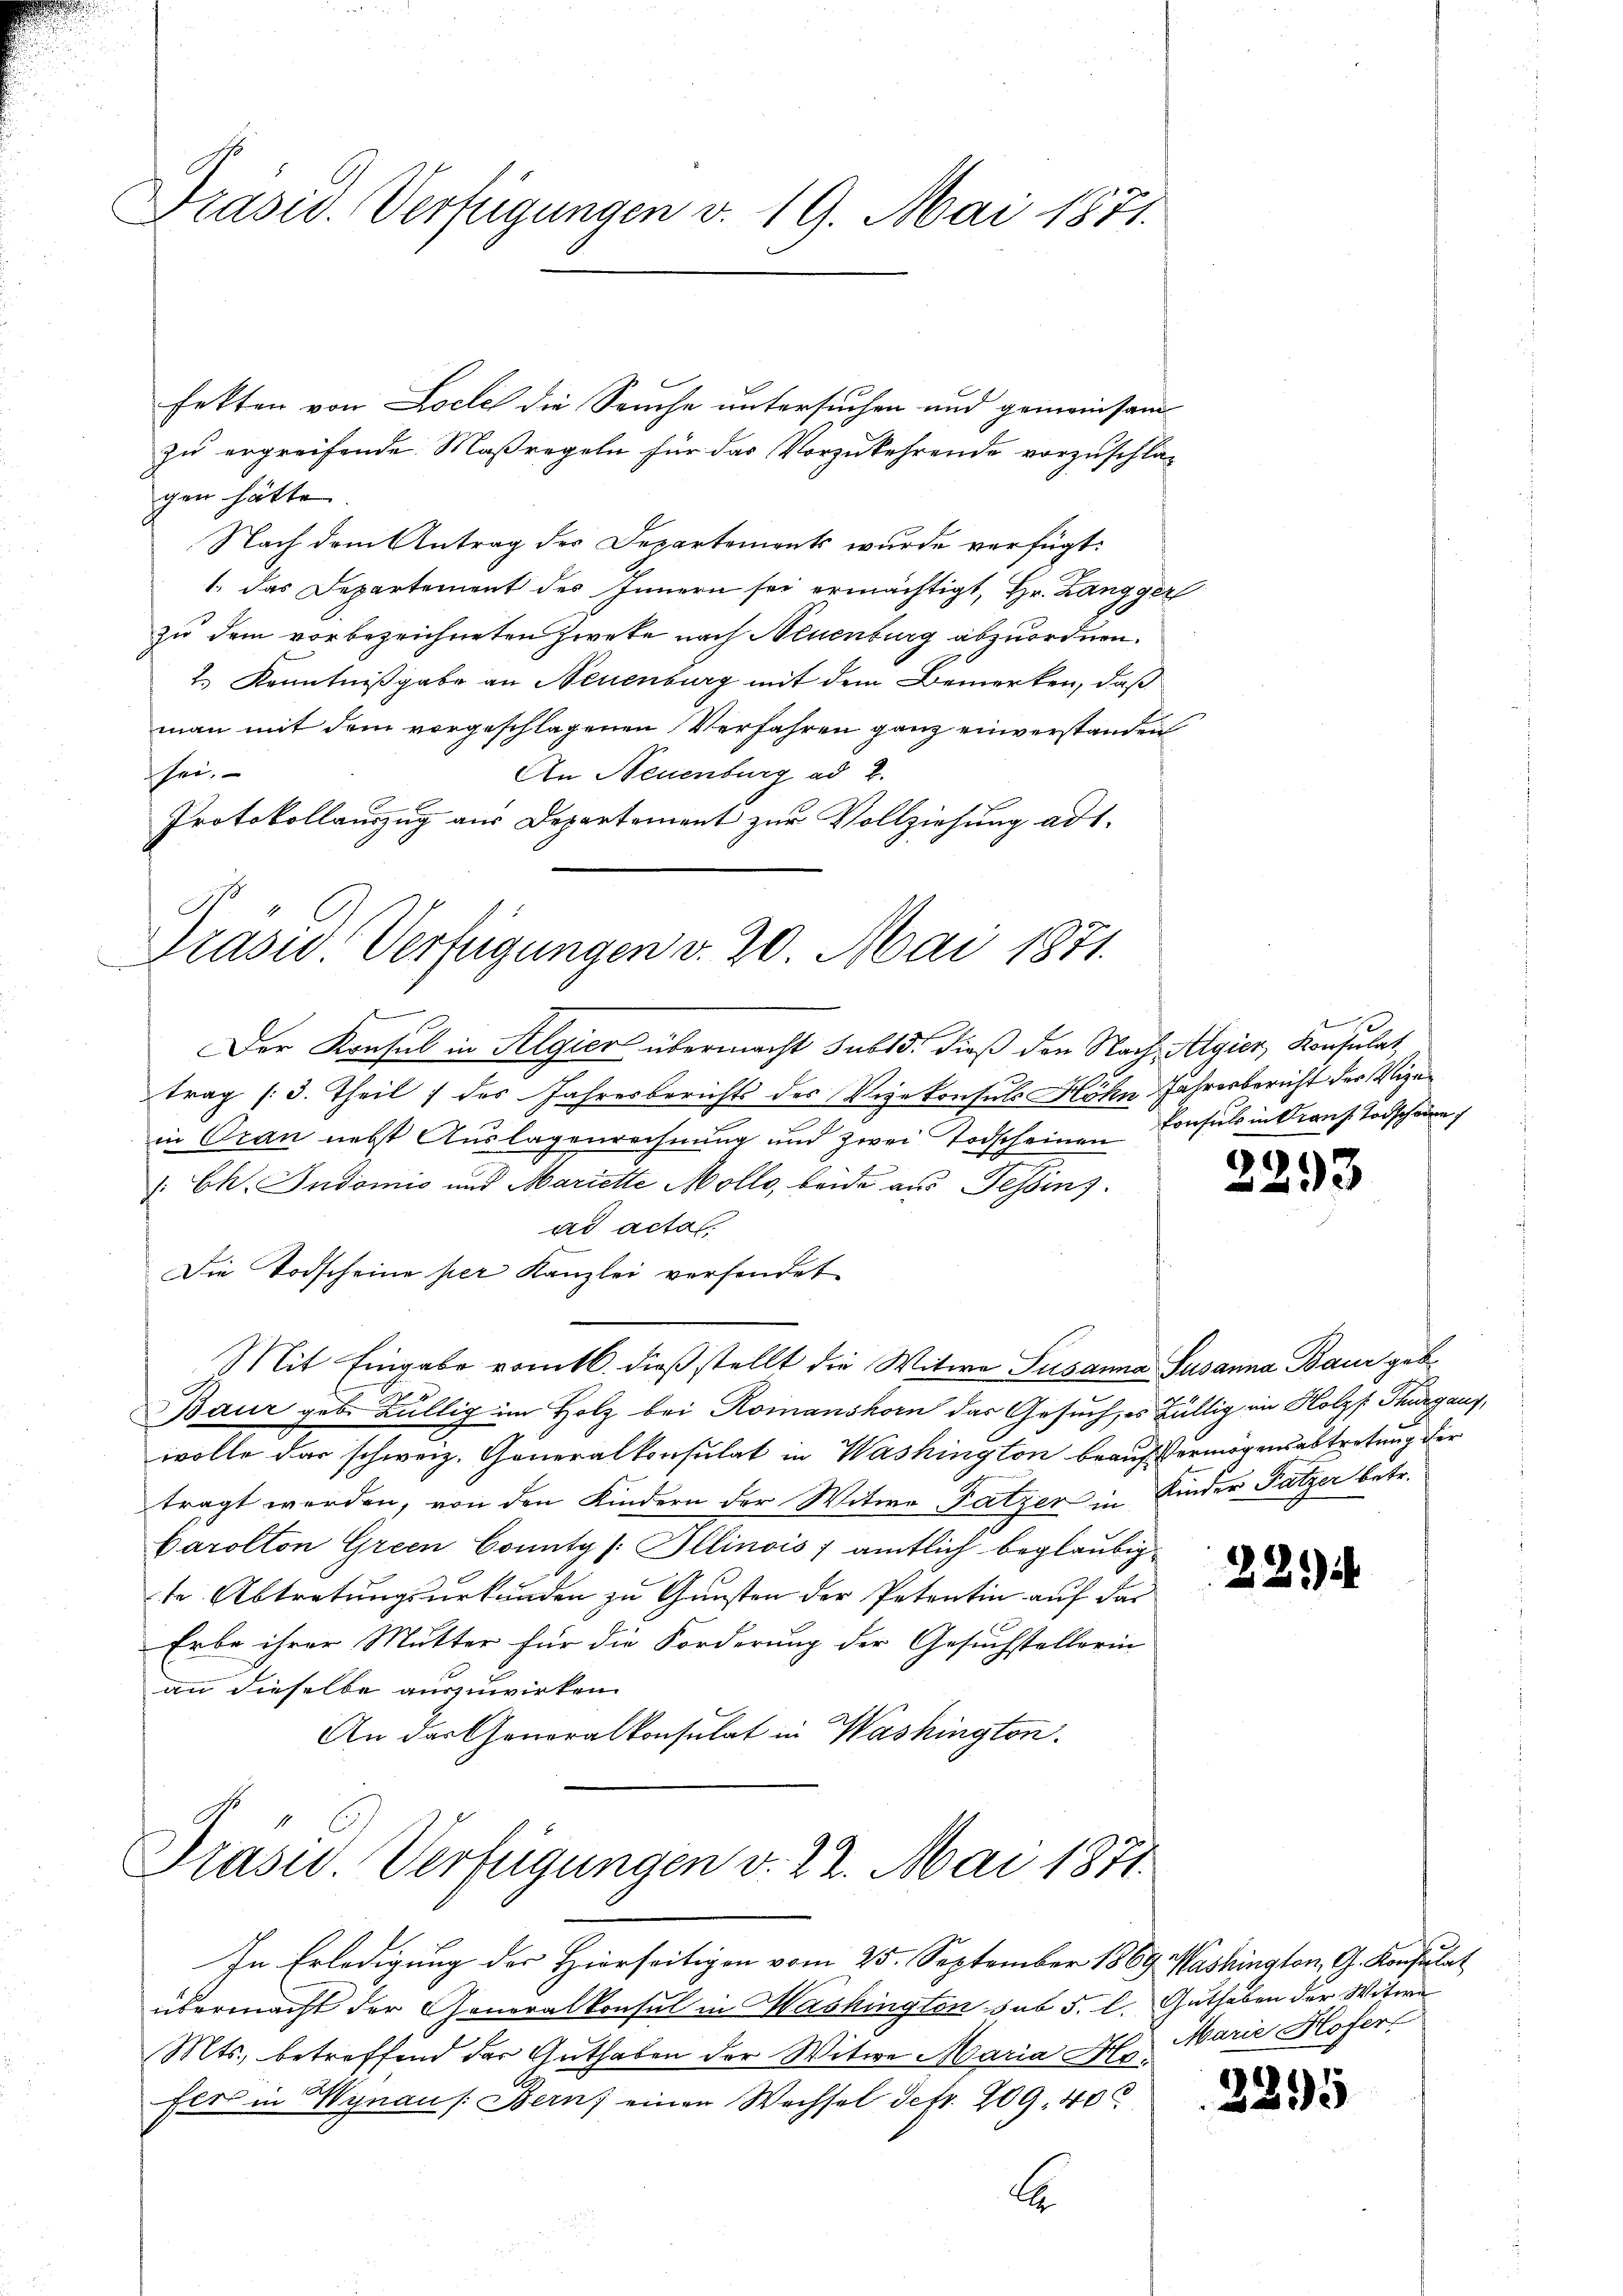
Präsid. Verfügungen v. 19. Mai 1871.

Präsid. Verfügungen v. 20. Mai 1871.

fekten von Loche die Seuche untersuchen und gemeinsam
zu ergreifende Maßregeln für das Vorzukehrende vorzuschla-
gen hätte.
Nach dem Antrag des Departements wurde verfügt:
1. das Departement des Innern sei ermächtigt, Hr. Langger
zu dem vorbezeichneten Zweke nach Neuenburg abzuordnen.
2.) Kenntnißgabe an Neuenburg mit dem Bemerken, daß
man mit dem vorgeschlagenen Verfahren ganz einverstanden
An Neuenburg ad 2.
sei.
Protokollauszug aus Departement zur Vollziehung ad 1.

Der Konsul in Algier übermacht subsd. dieß den Nach Algier, Konsulat,
trag (3. Theil des Jahresberichts des Vizekonsuls Höhn Jahresbericht der Vizein Oran nebst Auslagenrechnung und zwei Todscheinen Consuls in Krons Todschaum
& Ch. Indomis und Mariette Mollo, beide aus Tessins
ad actal.
Die Todscheine per Kanzlei versendet
Mit Eingabe vomtl. dieß stellt die Witwe Susanna Susanna Baur geb.
Baur geb. Büllig im Holz bei Romanshorn das Gesuch, es fällig im Holzf Thurgaus,
wolle das schweiz. Generalkonsulat in Washington beaufvermögensabtretung der
tragt werden, von den Kindern der Witwe Fatzer in Kinder Fatzer betr.
Carolton Green County / Illinois) amtlich beglaubig
te Abtretungsurkunden zu Gunsten der Petentin auf das
Erbe ihrer Mutter für die Forderung der Gesuchstellerin
an dieselbe auszuwirken.
An das Generalkonsulat in Washington.

Präsid.. Verfügungen v. 22. Mai 1871.

In Erledigung der Hierseitigen vom 25. September 1869 Washington, G. Konsulat
übermacht der Generalkonsul in Washington sub 5. l. Guthaben der Witwe
Mts., betreffend der Guthaben der Witwe Maria Hofers in Wynau /: Bern einen Wechsel Petr. 209, 40
E

25

25

¬
Marie Hofer

25

)

5

3